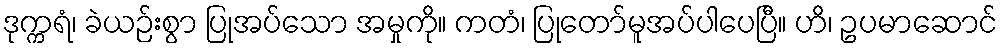
ဒုက္ကရံ၊ ခဲယဉ်းစွာ ပြုအပ်သော အမှုကို။ ကတံ၊ ပြုတော်မူအပ်ပါပေပြီ။ ဟိ၊ ဥပမာဆောင်